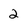
Character: 2